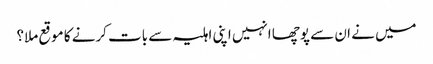
میں نے ان سے پوچھا انہیں اپنی اہلیہ سے بات کرنے کا موقع ملا؟